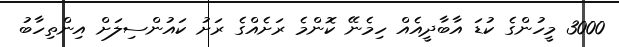
3000 މީހުންގެ ކުޑަ އާބާދީއެއް ހިމެނޭ ކޮންމެ ރަށެއްގެ ރަށު ކައުންސިލަށް އިންތިހާބު